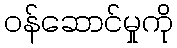
ဝန်ဆောင်မှုကို